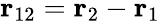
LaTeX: \mathbf{r}_{12}=\mathbf{r}_{2}-\mathbf{r}_{1}